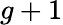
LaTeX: g+1